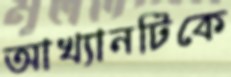
আখ্যানটিকে